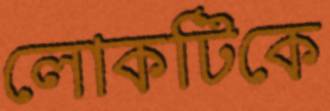
লোকটিকে